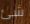
شئ